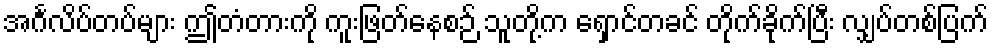
အင်္ဂလိပ်တပ်များ ဤတံတားကို ကူးဖြတ်နေစဉ် သူတို့က ရှောင်တခင် တိုက်ခိုက်ပြီး လျှပ်တစ်ပြက်